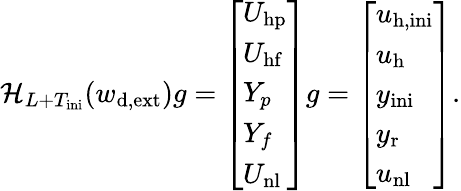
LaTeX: \mathcal{H}_{L+T_{\mathrm{ini}}}(w_{\mathrm{d,ext}})g=\left[\begin{array}{l}{U_{\mathrm{hp}}}\\ {U_{\mathrm{hf}}}\\ {Y_{p}}\\ {Y_{f}}\\ {U_{\mathrm{nl}}}\end{array}\right]g=\left[\begin{array}{l}{u_{\mathrm{h,ini}}}\\ {u_{\mathrm{h}}}\\ {y_{\mathrm{ini}}}\\ {y_{\mathrm{r}}}\\ {u_{\mathrm{nl}}}\end{array}\right].